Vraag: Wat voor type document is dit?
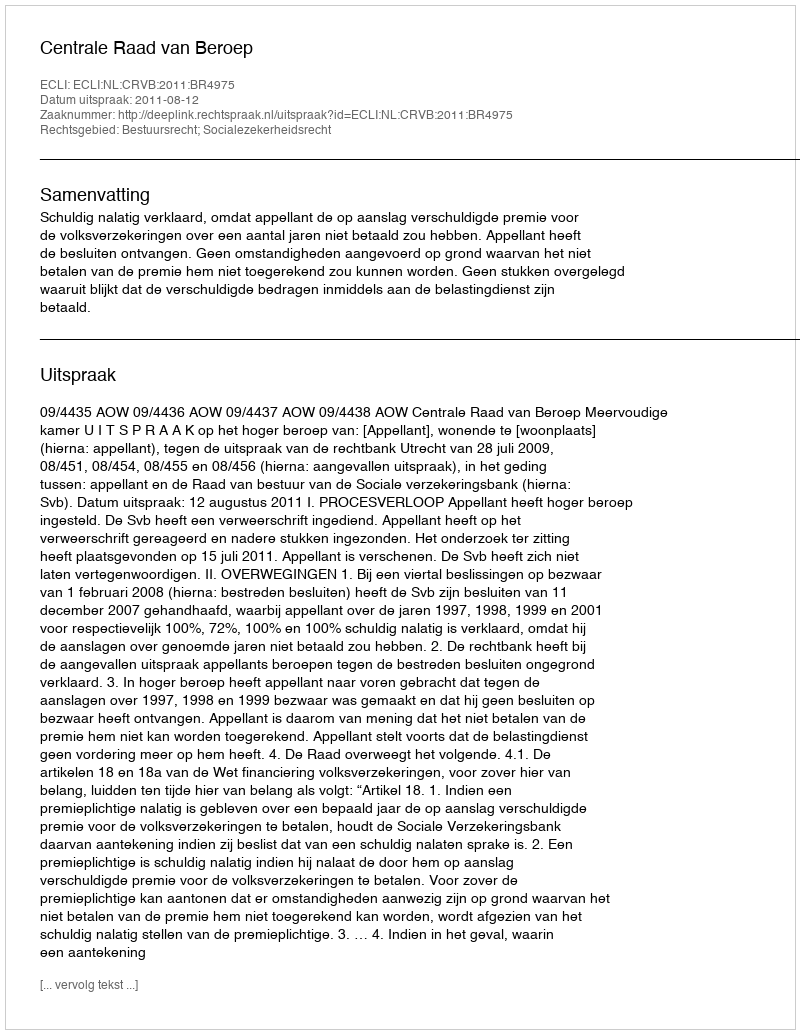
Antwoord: Uitspraak